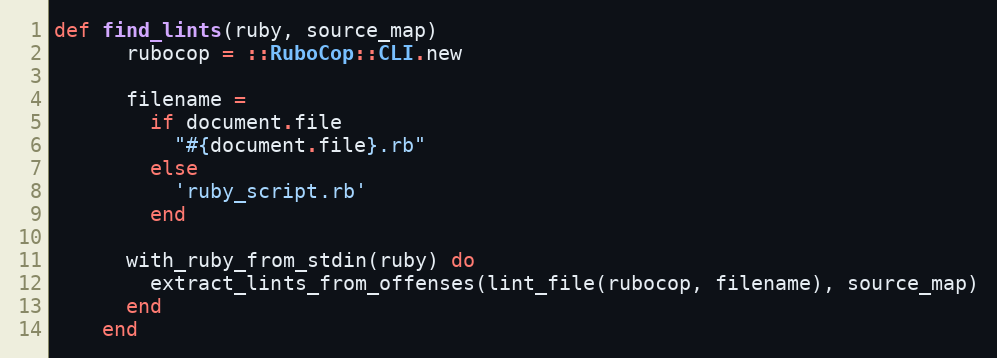
Language: Ruby
def find_lints(ruby, source_map)
      rubocop = ::RuboCop::CLI.new

      filename =
        if document.file
          "#{document.file}.rb"
        else
          'ruby_script.rb'
        end

      with_ruby_from_stdin(ruby) do
        extract_lints_from_offenses(lint_file(rubocop, filename), source_map)
      end
    end